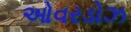
ઓવરડોઝ